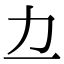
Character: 𫦤